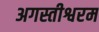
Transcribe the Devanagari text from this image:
अगस्तीश्वरम